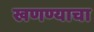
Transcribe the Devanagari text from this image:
खणण्याचा